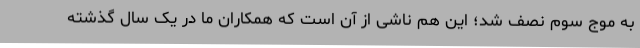
به موج سوم نصف شد؛ این هم ناشی از آن است که همکاران ما در یک سال گذشته